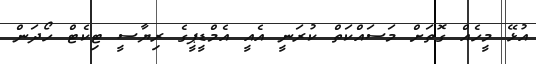
އުޅޭ މީހެއް ގޮތަށް މަސައްކަތް ކުރަނީ އެއީ އެމްޑީޕީގެ ރިޔާސީ ޓިކެޓް ހޯދަން